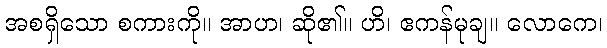
အစရှိသော စကားကို။ အာဟ၊ ဆို၏။ ဟိ၊ ဧကန်မုချ။ လောကေ၊